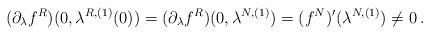
LaTeX: \begin{align*}(\partial_\lambda f^R)(0, \lambda^{R,(1)}(0)) = (\partial_\lambda f^R)(0, \lambda^{N,(1)}) = (f^N)'(\lambda^{N,(1)}) \neq 0\,.\end{align*}